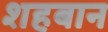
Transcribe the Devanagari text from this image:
शहबान